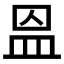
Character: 𥁕